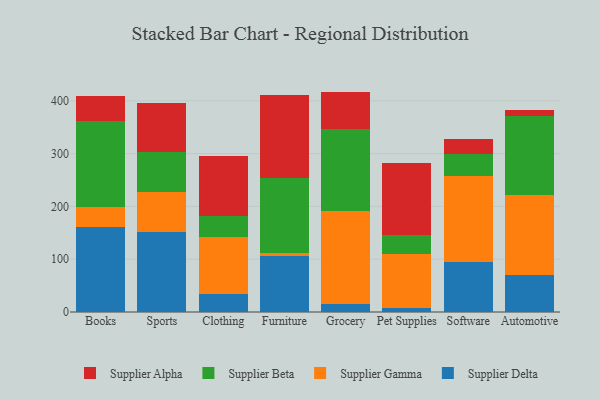
{"axis": {"x": "Category", "y": "Waste Production (Tons)"}, "legend": ["Supplier Alpha", "Supplier Beta", "Supplier Delta", "Supplier Gamma"], "data": [{"x": "Books", "y": 160.1, "type": "Supplier Delta"}, {"x": "Books", "y": 39.0, "type": "Supplier Gamma"}, {"x": "Books", "y": 162.8, "type": "Supplier Beta"}, {"x": "Books", "y": 46.9, "type": "Supplier Alpha"}, {"x": "Sports", "y": 150.9, "type": "Supplier Delta"}, {"x": "Sports", "y": 75.7, "type": "Supplier Gamma"}, {"x": "Sports", "y": 77.4, "type": "Supplier Beta"}, {"x": "Sports", "y": 91.5, "type": "Supplier Alpha"}, {"x": "Clothing", "y": 34.0, "type": "Supplier Delta"}, {"x": "Clothing", "y": 108.4, "type": "Supplier Gamma"}, {"x": "Clothing", "y": 38.7, "type": "Supplier Beta"}, {"x": "Clothing", "y": 114.6, "type": "Supplier Alpha"}, {"x": "Furniture", "y": 106.7, "type": "Supplier Delta"}, {"x": "Furniture", "y": 5.2, "type": "Supplier Gamma"}, {"x": "Furniture", "y": 141.3, "type": "Supplier Beta"}, {"x": "Furniture", "y": 158.4, "type": "Supplier Alpha"}, {"x": "Grocery", "y": 15.5, "type": "Supplier Delta"}, {"x": "Grocery", "y": 175.7, "type": "Supplier Gamma"}, {"x": "Grocery", "y": 156.1, "type": "Supplier Beta"}, {"x": "Grocery", "y": 70.2, "type": "Supplier Alpha"}, {"x": "Pet Supplies", "y": 6.7, "type": "Supplier Delta"}, {"x": "Pet Supplies", "y": 104.1, "type": "Supplier Gamma"}, {"x": "Pet Supplies", "y": 34.2, "type": "Supplier Beta"}, {"x": "Pet Supplies", "y": 138.1, "type": "Supplier Alpha"}, {"x": "Software", "y": 95.2, "type": "Supplier Delta"}, {"x": "Software", "y": 161.8, "type": "Supplier Gamma"}, {"x": "Software", "y": 42.7, "type": "Supplier Beta"}, {"x": "Software", "y": 28.9, "type": "Supplier Alpha"}, {"x": "Automotive", "y": 70.9, "type": "Supplier Delta"}, {"x": "Automotive", "y": 151.3, "type": "Supplier Gamma"}, {"x": "Automotive", "y": 149.5, "type": "Supplier Beta"}, {"x": "Automotive", "y": 11.6, "type": "Supplier Alpha"}]}